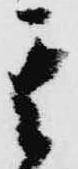
其